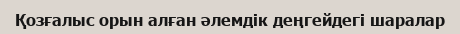
Қозғалыс орын алған әлемдік деңгейдегі шаралар